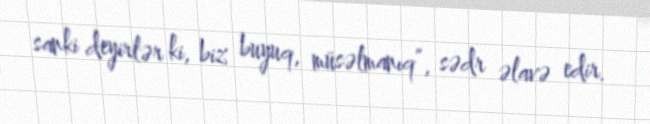
sanki deyirlər ki, biz buyuq, müsəlmanıq”, sədr əlavə edir.